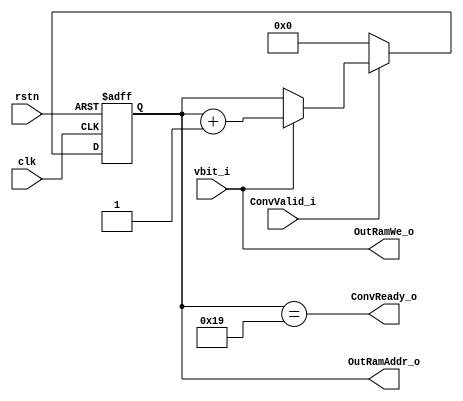
module L1ConvOutCtrl (
    input   wire            clk,
    input   wire            rstn,

    input   wire            ConvValid_i,
    input   wire            vbit_i,

    output  wire    [4:0]   OutRamAddr_o,
    output  wire            OutRamWe_o,  
    output  wire            ConvReady_o
);

//--------------------------------------------------
//  LOCAL RAM WRITE ADDR CONTRUL
//--------------------------------------------------

reg     [4:0]   OutAddr;
wire    [4:0]   OutAddrNxt;
wire            OutAddrEn;
wire            AddrDone;

assign  AddrDone    =   OutAddr ==  5'd25;

assign  OutAddrNxt  =   ~ConvValid_i    ?   5'b0            :   (
                        vbit_i          ?   OutAddr + 1'b1  :   OutAddr);

always@(posedge clk or negedge rstn) begin
    if(~rstn)
        OutAddr <=  5'b0;
    else
        OutAddr <=  OutAddrNxt;
end

//--------------------------------------------------------
//  OUTPUT 
//--------------------------------------------------------

assign ConvReady_o          =   AddrDone;
assign OutRamWe_o           =   vbit_i;
assign OutRamAddr_o         =   OutAddr;


endmodule